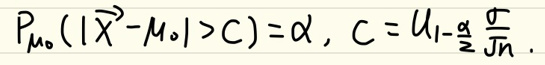
\[P_{m_0}(|\bar{X}-M_0|>C)=\alpha, C = u_{1-\frac{\alpha}{2}}\frac{\sigma}{\sqrt{n}}\]